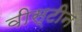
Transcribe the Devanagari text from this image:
वीस्टीन